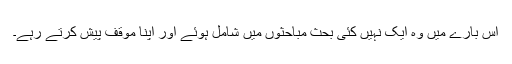
اس بارے میں وہ ایک نہیں کئی بحث مباحثوں میں شامل ہوئے اور اپنا موقف پیش کرتے رہے۔